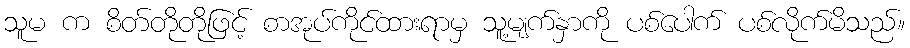
သူမ က စိတ်တိုတိုဖြင့် စာအုပ်ကိုင်ထားရာမှ သူ့မျက်နှာကို ပစ်ပေါက် ပစ်လိုက်မိသည်။